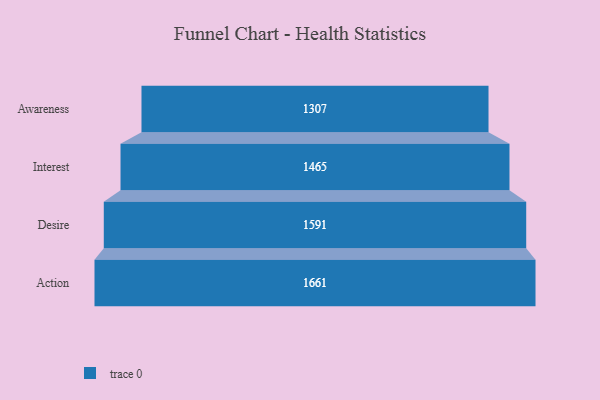
{"axis": {"x": "Stage", "y": "Value"}, "legend": [""], "data": [{"x": "Awareness", "y": 1307.0, "type": ""}, {"x": "Interest", "y": 1465.0, "type": ""}, {"x": "Desire", "y": 1591.0, "type": ""}, {"x": "Action", "y": 1661.0, "type": ""}]}